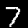
Label: 7